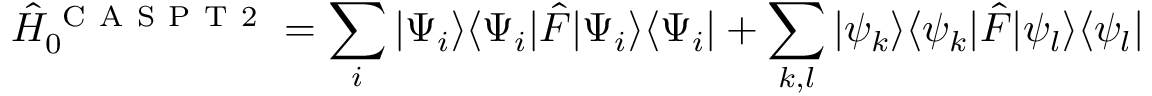
\hat { H } _ { 0 } ^ { \mathrm { ~ C ~ A ~ S ~ P ~ T ~ 2 ~ } } = \sum _ { i } | \Psi _ { i } \rangle \langle \Psi _ { i } | \hat { F } | \Psi _ { i } \rangle \langle \Psi _ { i } | + \sum _ { k , l } | \psi _ { k } \rangle \langle \psi _ { k } | \hat { F } | \psi _ { l } \rangle \langle \psi _ { l } |